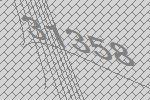
31358